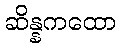
ဆိန္နကထော